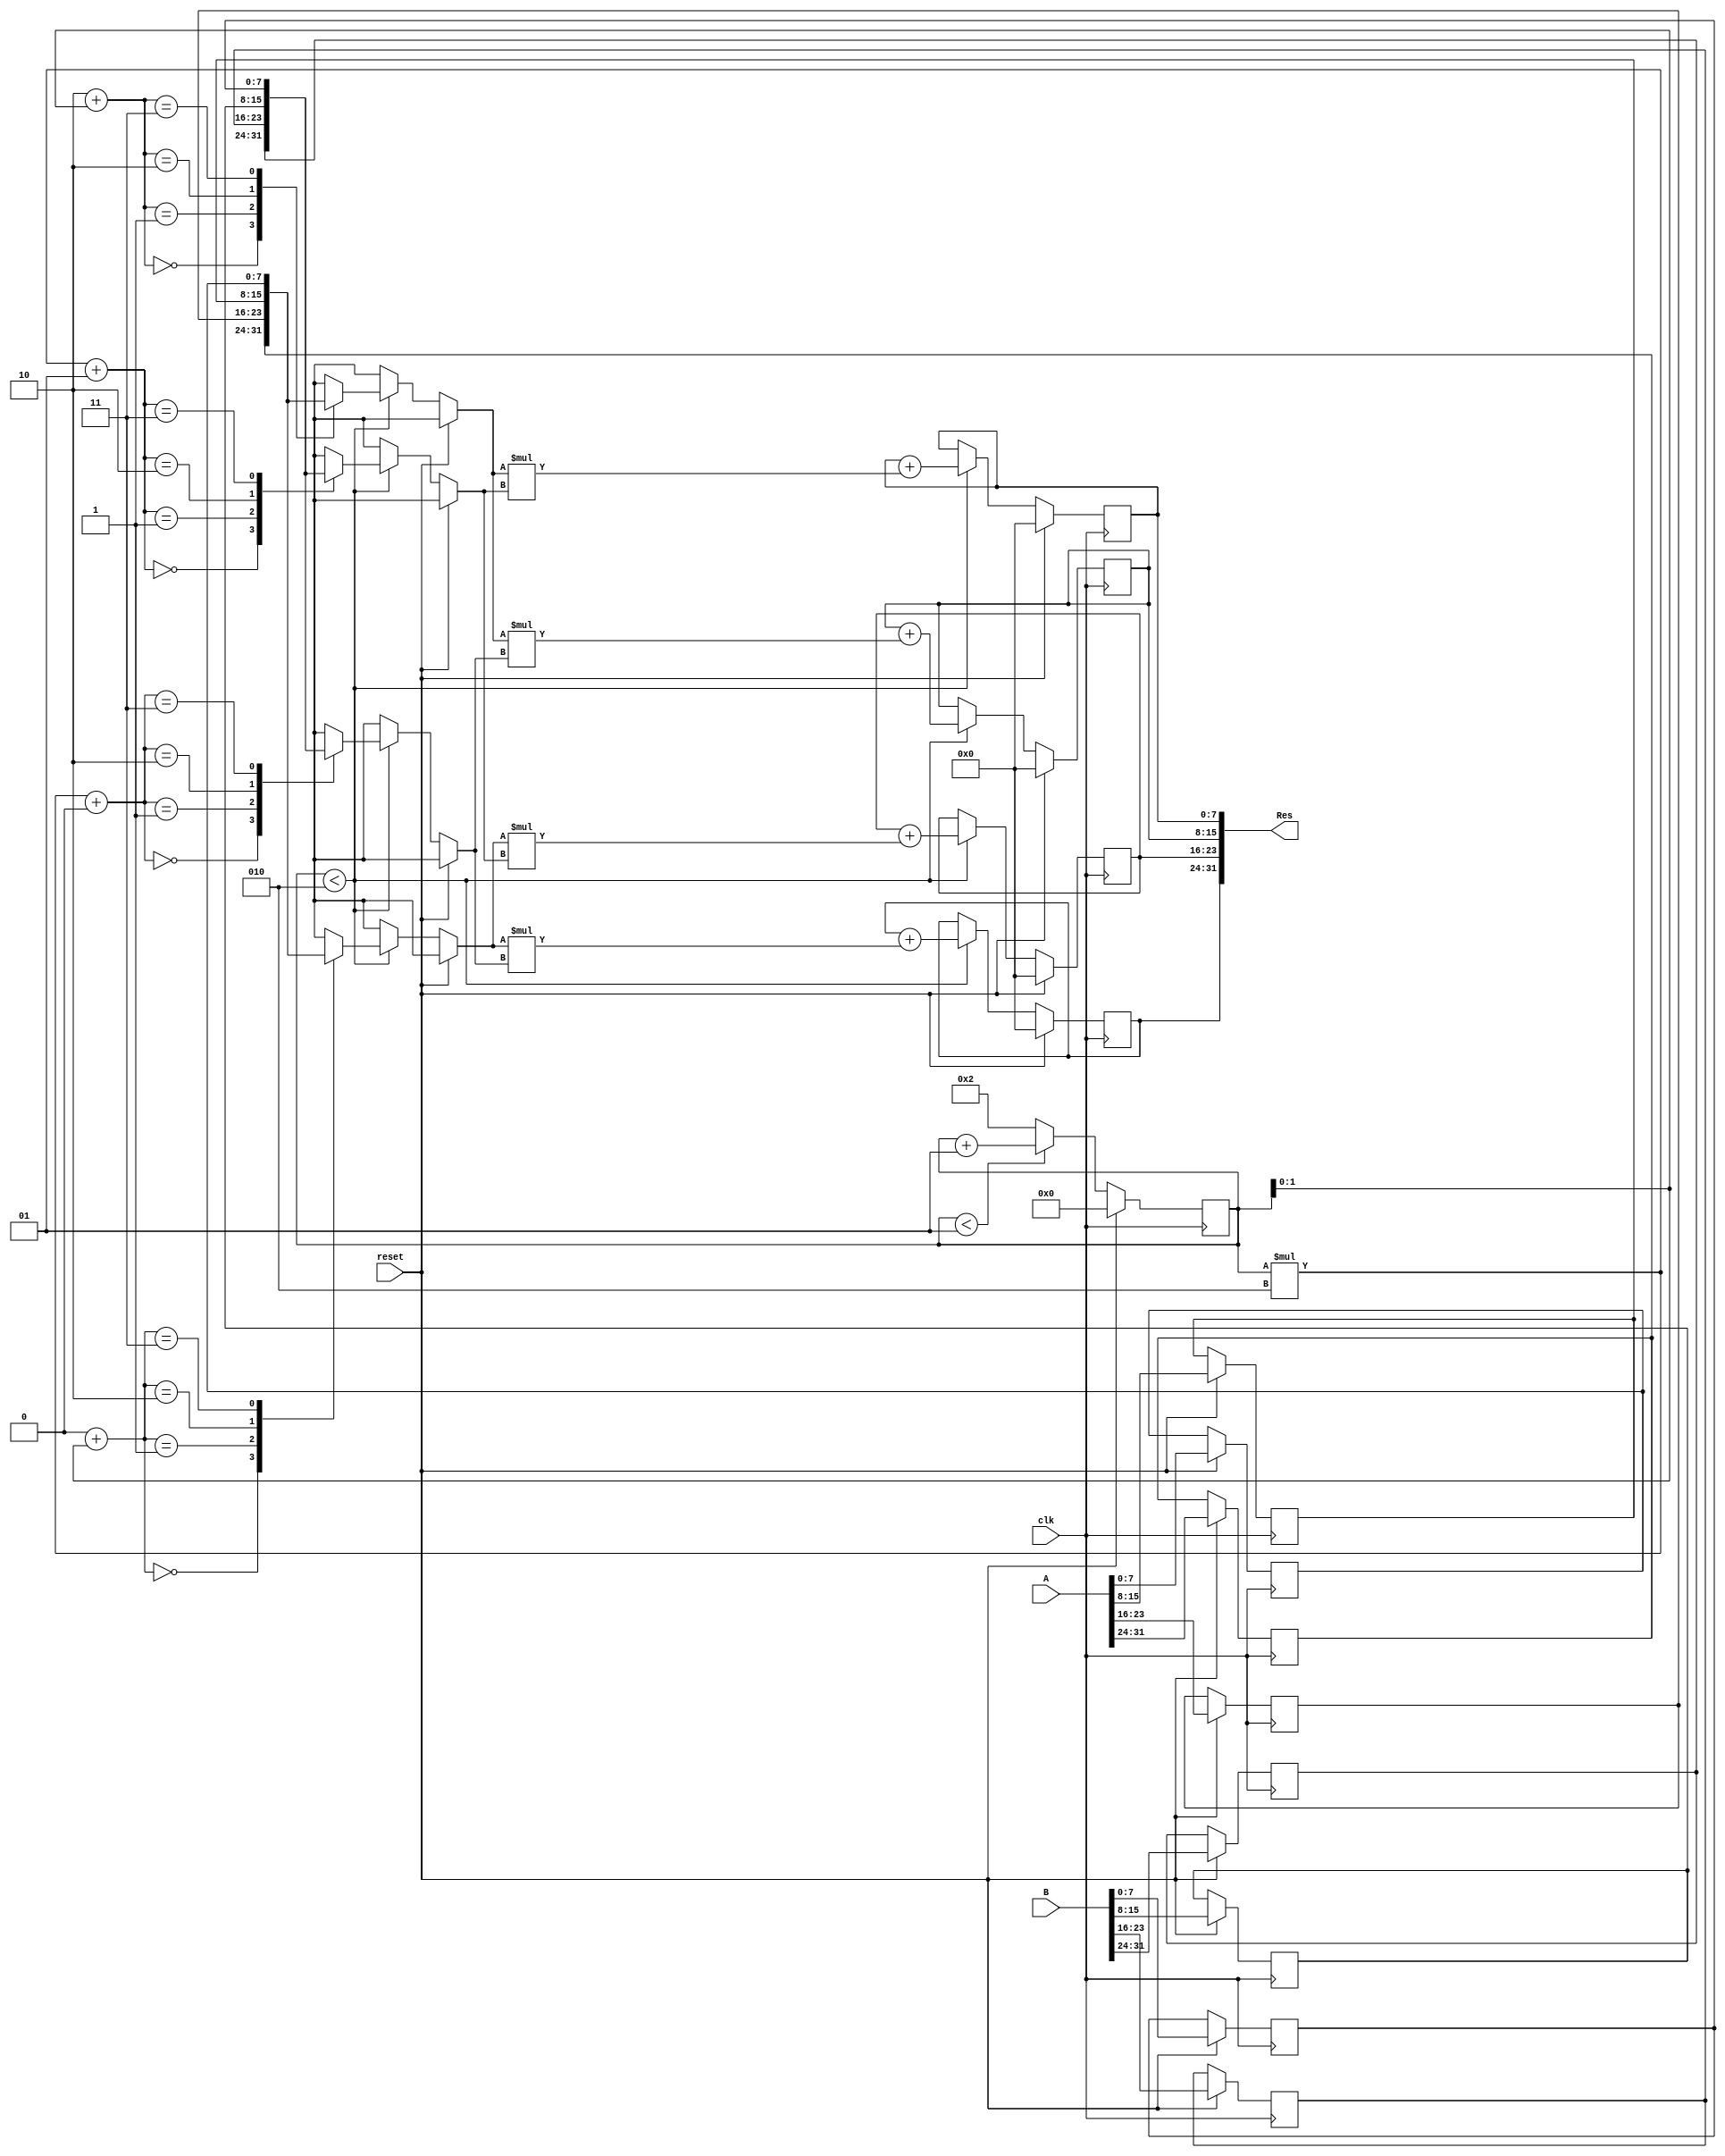
`timescale 1ns / 1ps



module mat_mul_4mul(
    input [31:0] A,
    input [31:0] B,
    input reset,
    output [31:0] Res,
    input clk
    );
    
    //internal variables    
    reg [7:0] A1 [0:1][0:1];
    reg [7:0] B1 [0:1][0:1];
    reg [7:0] Res1 [0:1][0:1]; 
    integer k;
    
    always @(posedge clk)
        begin
        if(reset)
        begin
        {A1[0][0],A1[0][1],A1[1][0],A1[1][1]} <= A;
        {B1[0][0],B1[0][1],B1[1][0],B1[1][1]} <= B;
        {Res1[0][0],Res1[0][1],Res1[1][0],Res1[1][1]} <= 32'd0; //initialize to zeros.
        end
        else
        begin
        if(k < 2)
            begin
            Res1[0][0] <= Res1[0][0] + (A1[0][k] * B1[k][0]);
            Res1[0][1] <= Res1[0][1] + (A1[0][k] * B1[k][1]);
            Res1[1][0] <= Res1[1][0] + (A1[1][k] * B1[k][0]);
            Res1[1][1] <= Res1[1][1] + (A1[1][k] * B1[k][1]);
            end
        else
            begin
            {Res1[0][0],Res1[0][1],Res1[1][0],Res1[1][1]} <= Res;
            end
        end
        end
        
        always @(posedge clk)
        begin
        if(reset)
            begin
            k <= 0;
            end
        else
            begin
            if(k < 1)
                begin
                k <= k+1;
                end
            else
                begin
                k <= 2;
                end
            end
        end
        
        assign  Res = {Res1[0][0],Res1[0][1],Res1[1][0],Res1[1][1]};
endmodule